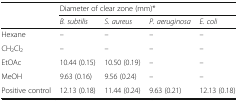
| <ROWSPAN=2>  | <COLSPAN=4> Diameter of clear zone (mm)* |
 | B. subtilis | S. aureus | P. aeruginosa | E. coli |
 | --- | --- | --- | --- | --- |
 | Hexane | – | – | – | – |
 | CH2Cl2 | – | – | – | – |
 | EtOAc | 10.44 (0.15) | 10.50 (0.19) | – | – |
 | MeOH | 9.63 (0.16) | 9.56 (0.24) | – | – |
 | Positive control | 12.13 (0.18) | 11.44 (0.24) | 9.63 (0.21) | 12.13 (0.18) |